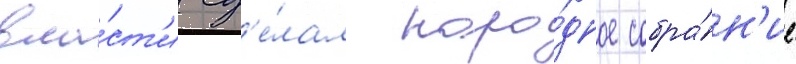
вла́ст'и сд'е́лал наро́дное собра́н'ие